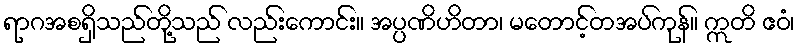
ရာဂအစရှိသည်တို့သည် လည်းကောင်း။ အပ္ပဏိဟိတာ၊ မတောင့်တအပ်ကုန်။ ဣတိ ဧဝံ၊